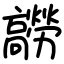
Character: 髝